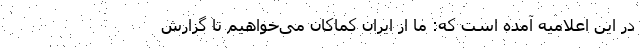
در این اعلامیه آمده است که: ما از ایران کماکان می‌خواهیم تا گزارش